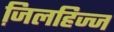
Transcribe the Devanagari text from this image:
जि़लहिज्ज